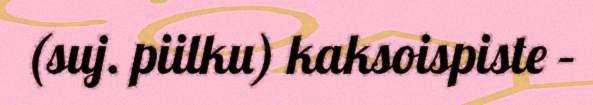
(suj. piilku) kaksoispiste –